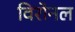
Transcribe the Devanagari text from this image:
विरोनल